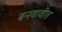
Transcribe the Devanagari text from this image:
बनवावीत